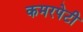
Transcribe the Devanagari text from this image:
कमरपेटी